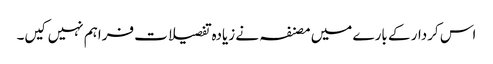
اس کردار کے بارے میں مصنفہ نے زیادہ تفصیلات فراہم نہیں کیں۔